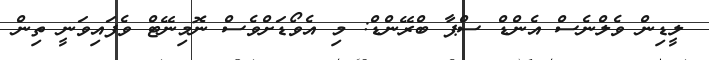
ލީޑިން ވެލްނެސް އެންޑް ސްޕާ ބްރޭންޑް: މި އެވޯޑަށްވެސް ނޮމިނޭޓް ވެފައިވަނީ ތިން